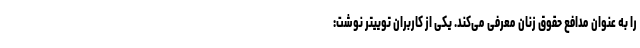
را به عنوان مدافع حقوق زنان معرفی می‌کند. یکی از کاربران توییتر نوشت: